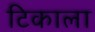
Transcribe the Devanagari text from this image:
टिकाला